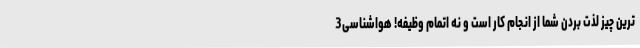
ترین چیز لذت بردن شما از انجام کار است و نه اتمام وظیفه! هواشناسی3